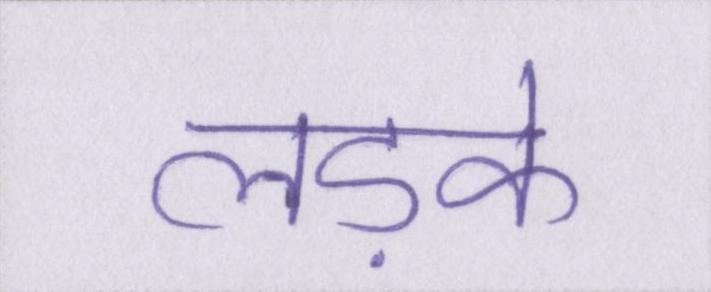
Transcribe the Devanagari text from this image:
लड़के